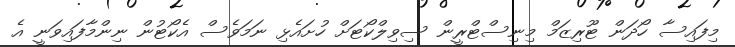
މިފައިސާ ހޯދަން ޓޫރިޒަމް މިނިސްޓްރީން ސިވިލްކޯޓަށް ހުށައެޅި ނަމަވެސް އެކޯޓުން ނިންމާފައިވަނީ އެ